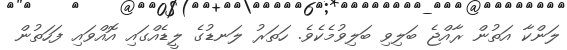
ލަންކާ އަތުން ރާއްޖެ ބަލިވި ބަލިވުމެކެވެ. ހަތަރު ލަނޑުގެ ލީޑެއްގައި އޮއްވައި ފަހަތުން